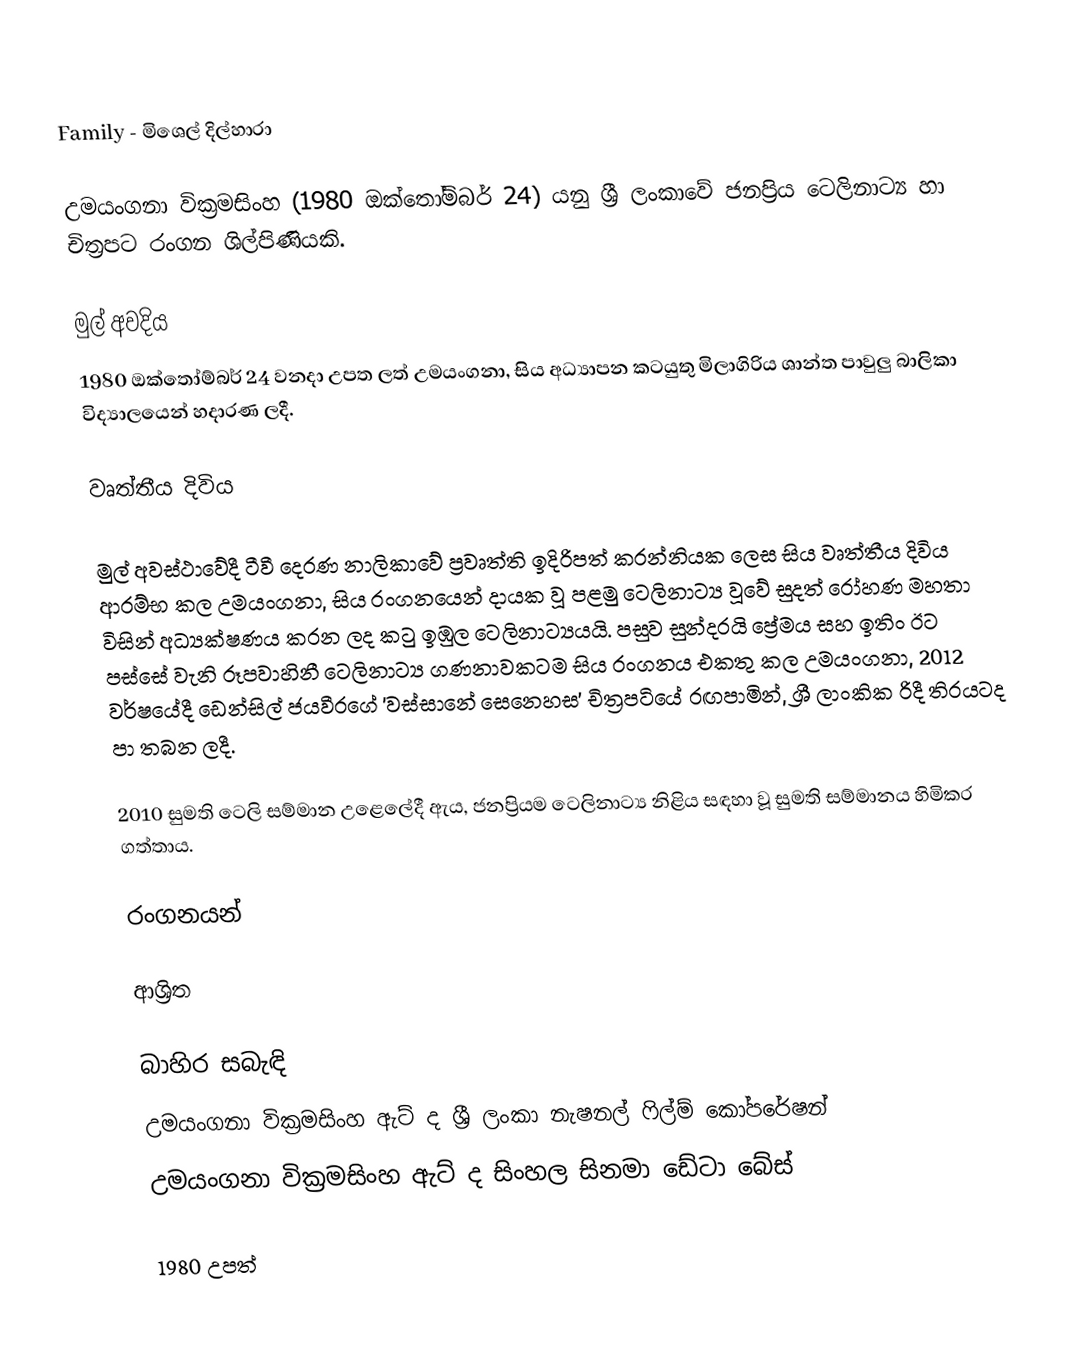
Family - මිශෙල් දිල්හාරා

උමයංගනා වික්‍රමසිංහ (1980 ඔක්තෝම්බර් 24) යනු ශ්‍රී ලංකාවේ ජනප්‍රිය ටෙලිනාට්‍ය හා චිත්‍රපට රංගන ශිල්පිණියකි.

මුල් අවදිය
1980 ඔක්තෝම්බර් 24 වනදා උපත ලත් උමයංගනා, සිය අධ්‍යාපන කටයුතු මිලාගිරිය ශාන්ත පාවුලු බාලිකා විද්‍යාලයෙන් හදාරණ ලදී.

වෘත්තීය දිවිය

මුල් අවස්ථාවේදී ටීවී දෙරණ නාලිකාවේ ප්‍රවෘත්ති ඉදිරිපත් කරන්නියක ලෙස සිය වෘත්තීය දිවිය ආරම්භ කල උමයංගනා, සිය රංගනයෙන් දායක වූ පළමු ටෙලිනාට්‍ය වූවේ සුදත් රෝහණ මහතා විසින් අධ්‍යක්ෂණය කරන ලද කටු ඉඹුල ටෙලිනාට්‍යයයි. පසුව සුන්දරයි ප්‍රේමය සහ ඉතිං ඊට පස්සේ වැනි රූපවාහිනී ටෙලිනාට්‍ය ගණනාවකටම සිය රංගනය එකතු කල උමයංගනා, 2012 වර්ෂයේදී ඩෙන්සිල් ජයවීරගේ 'වස්සානේ සෙනෙහස' චිත්‍රපටියේ රඟපාමින්, ශ්‍රී ලාංකික රිදී තිරයටද පා තබන ලදී.

2010 සුමති ටෙලි සම්මාන උළෙලේදී ඇය, ජනප්‍රියම ටෙලිනාට්‍ය නිළිය සඳහා වූ සුමති සම්මානය හිමිකර ගත්තාය.

රංගනයන්

ආශ්‍රිත

බාහිර සබැඳි
උමයංගනා වික්‍රමසිංහ ඇට් ද ශ්‍රී ලංකා නැෂනල් ෆිල්ම් කෝපරේෂන්
උමයංගනා වික්‍රමසිංහ ඇට් ද සිංහල සිනමා ඩේටා බේස්

1980 උපත්